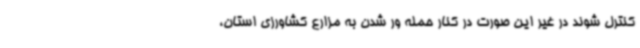
کنترل شوند در غیر این صورت در کنار حمله ور شدن به مزارع کشاورزی استان،